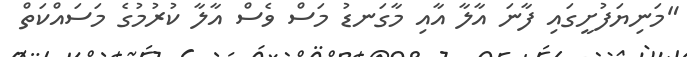
"މަނިޔަފުށީގައި ފާނަ އާލާ އާއި މާގަނޑު މަސް ވެސް އާލާ ކުރުމުގެ މަސައްކަތް